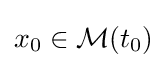
x_{0}\in {\mathcal {M}}(t_{0})